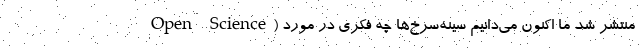
Open Science) منتشر شد ما اکنون می‌دانیم سینه‌سرخ‌ها چه فکری در مورد